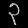
Digit: ၃